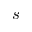
s